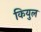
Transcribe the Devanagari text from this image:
कियुल